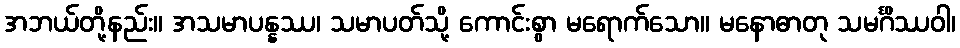
အဘယ်တို့နည်း။ အသမာပန္နဿ၊ သမာပတ်သို့ ကောင်းစွာ မရောက်သော။ မနောဓာတု သမင်္ဂိဿဝါ၊